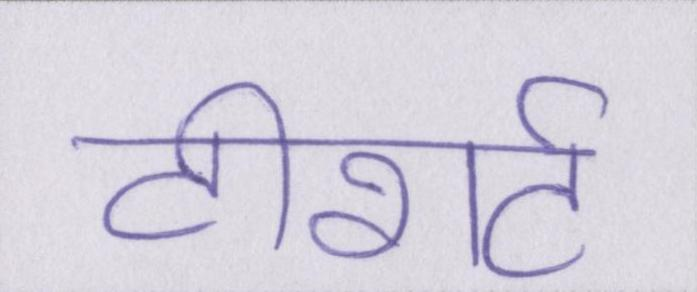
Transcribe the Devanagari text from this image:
टीशर्ट